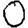
Digit: 0